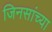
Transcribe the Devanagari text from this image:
जिनसांच्या